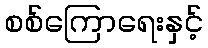
စစ်ကြောရေးနှင့်